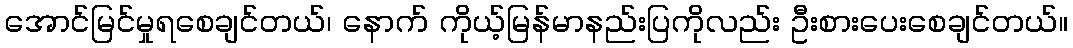
အောင်မြင်မှုရစေချင်တယ်၊ နောက် ကိုယ့်မြန်မာနည်းပြကိုလည်း ဦးစားပေးစေချင်တယ်။